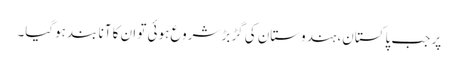
پر جب پاکستان، ہندوستان کی گڑبڑ شروع ہوئی تو ان کا آنا بند ہوگیا۔